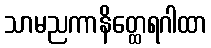
သာမညကာနိတ္ထေရဂါထာ